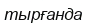
тырғанда